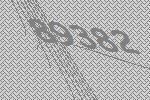
89382